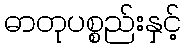
ဓာတုပစ္စည်းနှင့်